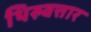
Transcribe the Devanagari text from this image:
थिरुवत्तार